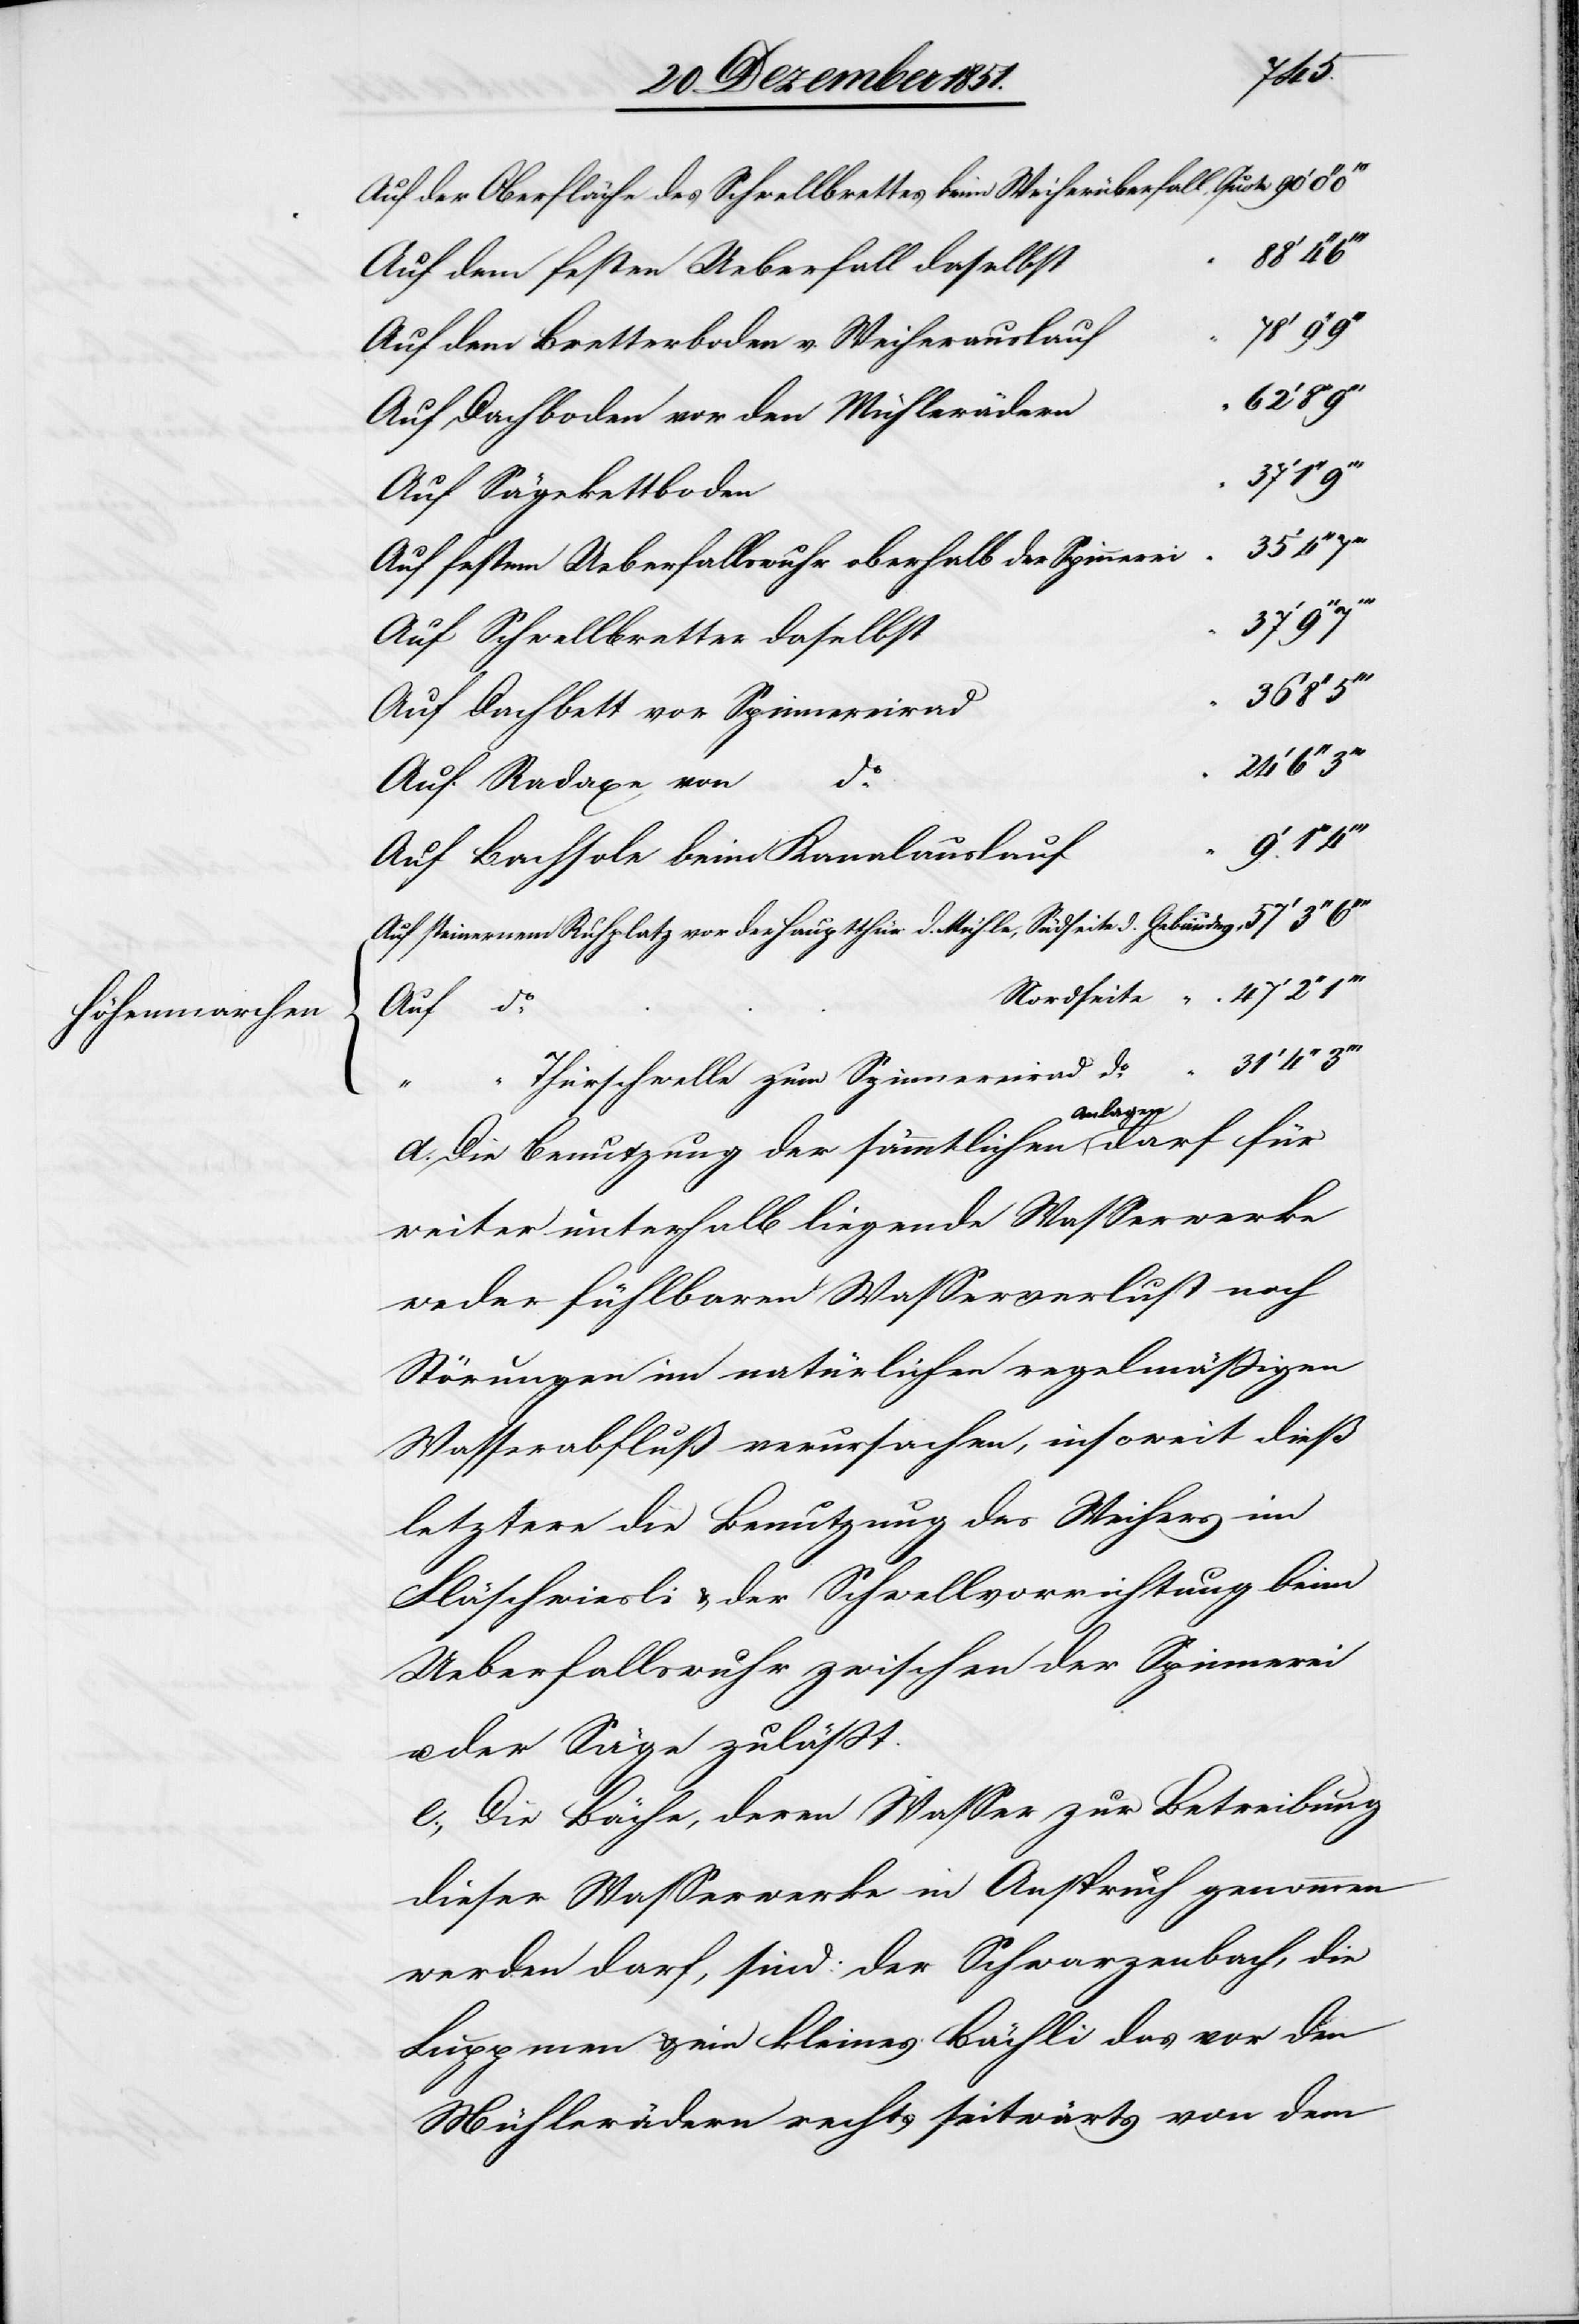
Nordseite
Auf der Oberfläche des Schwellbrettes beim Weiherüberfall
Auf dem festen Ueberfall daselbst
47‘
Auf dem Bretterboden v. Weiherauslauf
Auf Dachboden vor den Mühlerädern
Auf Sägekettboden
Auf festem Ueberfallswuhr oberhalb der Spinnerei
31‘
Auf Schwellbretter daselbst
37‘
Auf Dachbett vor Spinnereirad
36‘
Auf Radaxe von
d.
24‘
Auf Bachso[h]le beim Kanalauslauf
Auf steinernem Ruhplatz vor der Hauptthür d. Mühle, Südseite d. Gebäudes
Auf do.
Thürschwelle zum Spinnereirad do.
Die Benutzung der sämmtlichen Anlagen darf
weiter unterhalb liegende Wasserwerke
weder fühlbaren Wasserverlust noch
Störungen im natürlichen regelmäßigen
Wasserabfluß verursachen, insoweit dieß
letztere die Benutzung des Weihers im
Fläschwiesli & der Schwellvorrichtung beim
Ueberfallswuhr zwischen der Spinnerei
der Säge zuläßt.
Die Bäche, deren Wasser zur Betreibung
dieser Wasserwerke in Anspruch genommen
werden darf, sind: der Schwarzenbach, die
Luppmen & ein kleines Bächli das vor den
Mühlerädern rechts seitwärts von dem